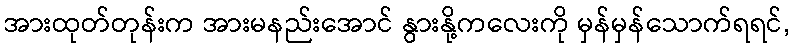
အားထုတ်တုန်းက အားမနည်းအောင် နွားနို့ကလေးကို မှန်မှန်သောက်ရရင်,